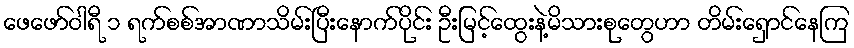
ဖေဖော်ဝါရီ ၁ ရက်စစ်အာဏာသိမ်းပြီးနောက်ပိုင်း ဦးမြင့်ထွေးနဲ့မိသားစုတွေဟာ တိမ်းရှောင်နေကြ